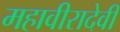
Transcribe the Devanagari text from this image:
महावीरादेवी